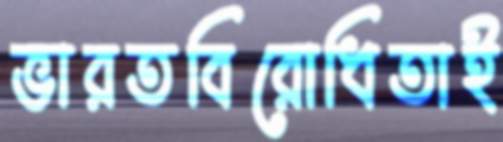
ভারতবিরোধিতাই